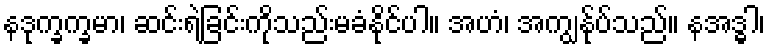
နဒုက္ခက္ခမာ၊ ဆင်းရဲခြင်းကိုသည်းမခံနိုင်ပါ။ အဟံ၊ အကျွန်ုပ်သည်။ နအဒ္ဓါ၊